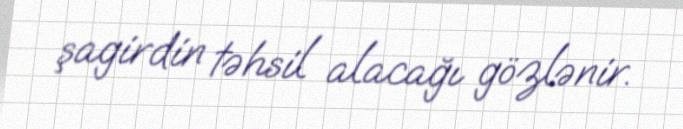
şagirdin təhsil alacağı gözlənir.